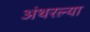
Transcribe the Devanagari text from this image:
अंथरल्या